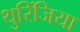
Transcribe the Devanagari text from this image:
थुरिंजिया